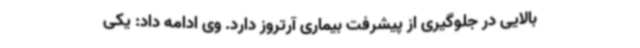
بالایی در جلوگیری از پیشرفت بیماری آرتروز دارد. وی ادامه داد: یکی